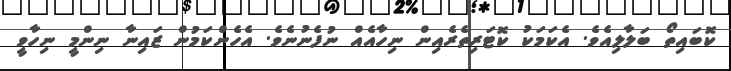
ކޮބައިތޯ ބަލާލިއެވެ. އެކަމަކު ކޮޓަރިތެރެއިން ނިހާއެއް ނުފެނުނެވެ. އެހެންކަމުން ޒައިނާ ނިންމީ ނިހާވީ